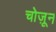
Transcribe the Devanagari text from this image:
चोज़ून